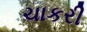
ચાકરી